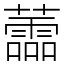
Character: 蘦